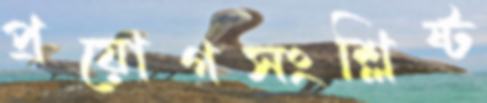
প্রয়োগসংশ্লিষ্ট